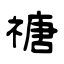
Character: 禟